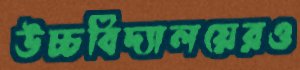
উচ্চবিদ্যালয়েরও